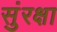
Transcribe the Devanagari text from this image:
सुंरक्षा